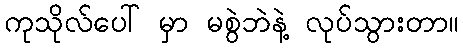
ကုသိုလ်ပေါ် မှာ မစွဲဘဲနဲ့ လုပ်သွားတာ။